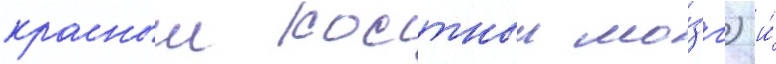
красныи костныи мо́зг) и́